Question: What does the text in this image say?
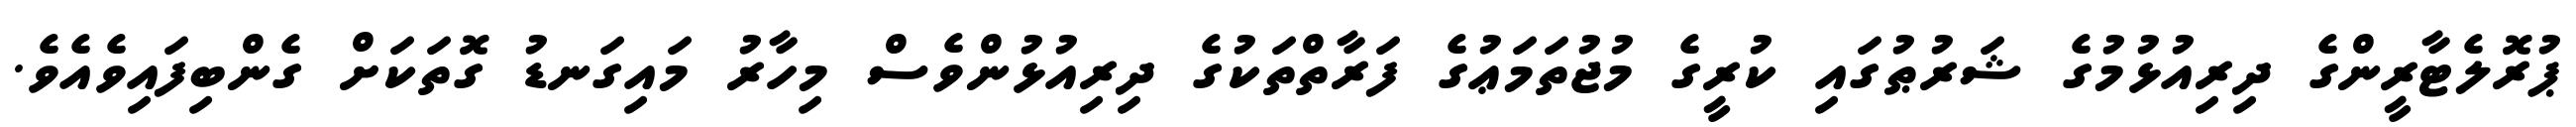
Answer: ޕުރޮލެޓާރީންގެ ދިރިއުޅުމުގެ ޝަރުޠުގައި ކުރީގެ މުޖުތަމަޢުގެ ފަރާތްތަކުގެ ދިރިއުޅުންވެސް މިހާރު މައިގަނޑު ގޮތަކަށް ގެންބިފައިވެއެވެ.